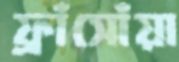
ফ্রাঁসোঁয়া